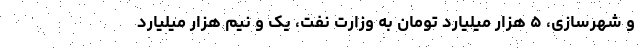
و شهرسازی، ۵ هزار میلیارد تومان به وزارت نفت، یک و نیم هزار میلیارد